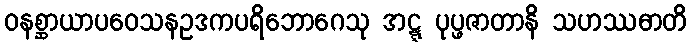
ဝနစ္ဆာယာပဝေသနဥဒကပရိဘောဂေသု အဋ္ဋ ပုပ္ဖဇာတာနိ သဟဿဓာတိ